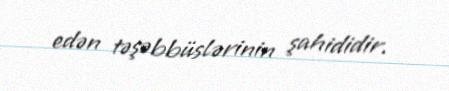
edən təşəbbüslərinin şahididir.